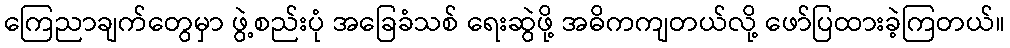
ကြေညာချက်တွေမှာ ဖွဲ့စည်းပုံ အခြေခံသစ် ရေးဆွဲဖို့ အဓိကကျတယ်လို့ ဖော်ပြထားခဲ့ကြတယ်။